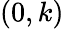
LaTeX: (0,k)